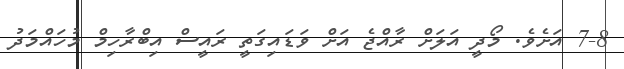
7-8 އަށެވެ. މޯދީ އަލަށް ރާއްޖެ އަށް ވަޑައިގަތީ ރައީސް އިބްރާހިމް މުހައްމަދު